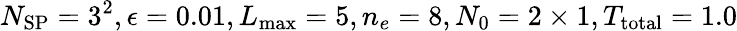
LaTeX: N_{\mathrm{SP}}=3^{2},\epsilon=0.01,L_{\operatorname*{max}}=5,n_{e}=8,N_{0}=2\times 1,T_{\mathrm{total}}=1.0